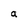
Character: a